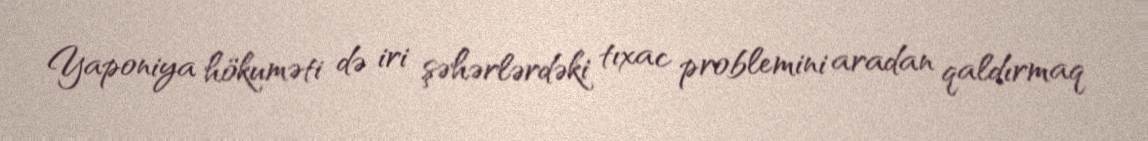
Yaponiya hökuməti də iri şəhərlərdəki tıxac problemini aradan qaldırmaq